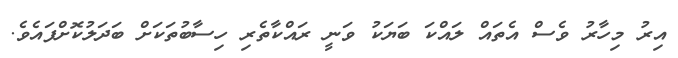
އިރު މިހާރު ވެސް އެތައް ލައްކަ ބަޔަކު ވަނީ ރައްކާތެރި ހިސާބުތަކަށް ބަދަލުކޮށްފައެވެ.